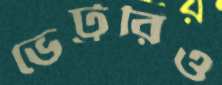
ভেট্টরিও